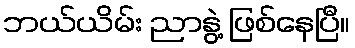
ဘယ်ယိမ်း ညာနွဲ့ ဖြစ်နေပြီ။